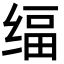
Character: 䌿